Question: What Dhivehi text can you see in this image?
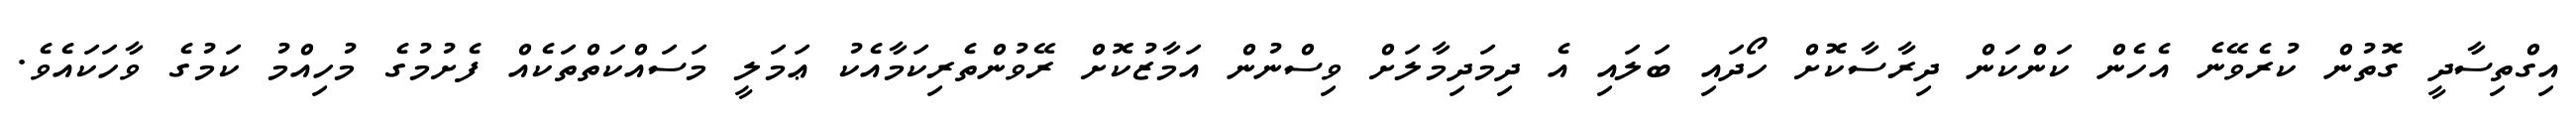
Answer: އިގްތިސާދީ ގޮތުން ކުރެވޭނެ އެހެން ކަންކަން ދިރާސާކޮށް ހޯދައި ބަލައި އެ ދިމަދިމާލަށް ވިސްނުން އަމާޒުކޮށް ރޭވުންތެރިކަމާއެކު ޢަމަލީ މަސައްކަތްތަކެއް ފެށުމުގެ މުހިއްމު ކަމުގެ ވާހަކައެވެ.